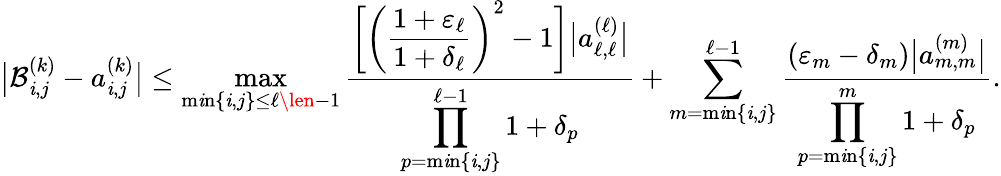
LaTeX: \big|\mathcal{B}_{\mathit{i},j}^{(k)}-a_{\mathit{i},j}^{(k)}\big|\le\operatorname*{max}_{\operatorname*{m\mathit{i}n}\{ \mathit{i},j\} \le\ell\len-1}\frac{{\displaystyle{\bigg[\bigg(\frac{{1+\varepsilon_{\ell}}}{{1+\delta_{\ell}}}\bigg)^{2}-1\bigg]\big|a_{\ell,\ell}^{(\ell)}\big|}}}{{\displaystyle{\prod_{p=\operatorname*{m\mathit{i}n}\{ \mathit{i},j\} }^{\ell-1}1+\delta_{p}}}}+\sum_{m=\operatorname*{m\mathit{i}n}\{ \mathit{i},j\} }^{\ell-1}\frac{{\displaystyle{(\varepsilon_{m}-\delta_{m})\big|a_{m,m}^{(m)}\big|}}}{{\displaystyle{\prod_{p=\operatorname*{m\mathit{i}n}\{ \mathit{i},j\} }^{m}1+\delta_{p}}}}.